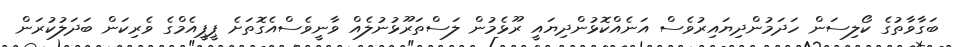
ބަގާވާތުގެ ކޯލިސަން ހަދަމުންދިޔައިރުވެސް އަނެއްކޮޅުންދިޔައީ ރޫޅެމުން ލަސްތަރޫޅުނުލެއް ވާނީވެސްއެގޮތަށެ ޕީޕީއެމްގެ ވެރިކަން ބަދަލުކުރަން